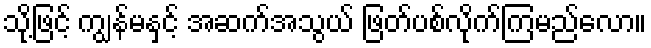
သို့ဖြင့် ကျွန်မနှင့် အဆက်အသွယ် ဖြတ်ပစ်လိုက်ကြမည်လော။